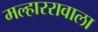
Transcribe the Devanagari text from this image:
मल्हाररावाला